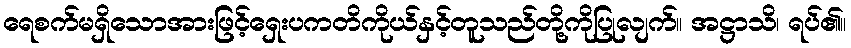
ရေစက်မရှိသောအားဖြင့်ရှေးပကတိကိုယ်နှင့်တူသည်တို့ကိုပြုလျက်။ အဋ္ဌာသိ၊ ရပ်၏။